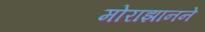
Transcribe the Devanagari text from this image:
मोराझानने